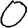
Digit: 0